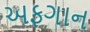
અફગાન